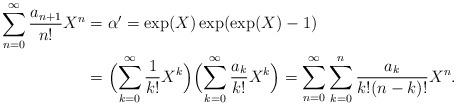
LaTeX: \begin{align*}\sum_{n=0}^\infty\frac{a_{n+1}}{n!}X^n&=\alpha'=\exp(X)\exp(\exp(X)-1)\\&=\Bigl(\sum_{k=0}^\infty\frac{1}{k!}X^k\Bigr)\Bigl(\sum_{k=0}^\infty\frac{a_k}{k!}X^k\Bigr)=\sum_{n=0}^\infty\sum_{k=0}^n\frac{a_k}{k!(n-k)!}X^n.\end{align*}